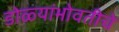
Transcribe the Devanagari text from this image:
डोळ्यांभोवतीचे